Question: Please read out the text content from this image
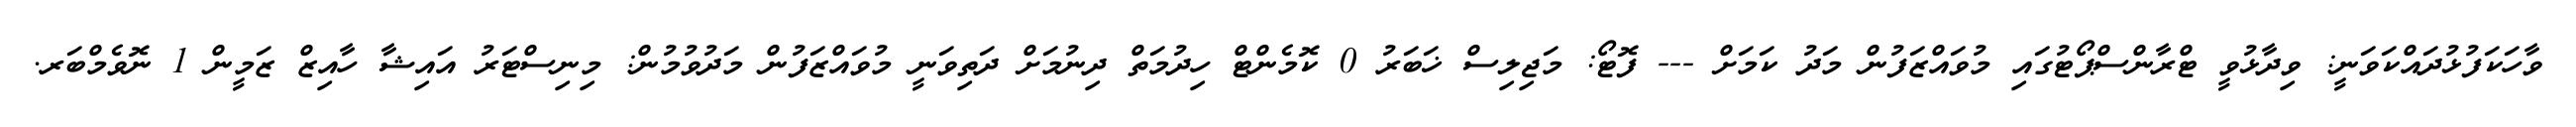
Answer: ވާހަކަފުޅުދައްކަވަނީ: ވިދާޅުވީ ޓްރާންސްޕޯޓުގައި މުވައްޒަފުން މަދު ކަމަށް --- ފޮޓޯ: މަޖިލިސް ޚަބަރު 0 ކޮމެންޓް ހިދުމަތް ދިނުމަށް ދަތިވަނީ މުވައްޒަފުން މަދުވުމުން: މިނިސްޓަރު އައިޝާ ހާއިޒް ޒަމީން 1 ނޮވެމްބަރ.